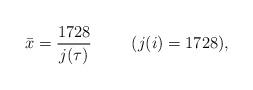
LaTeX: \begin{align*}{\bar x}= \frac{1728}{j(\tau)} \hspace{1cm} (j(i)=1728),\end{align*}